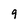
Character: 9